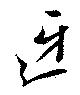
迓